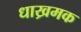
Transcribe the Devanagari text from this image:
धाख्रमक